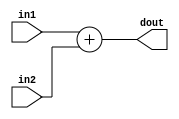
`timescale 1ns / 1ps
module add(dout, in1, in2);

    input [15:0] in1, in2;
    output reg [15:0]dout;

    always @ (*)
        dout = in1 + in2;

endmodule